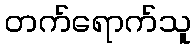
တက်ရောက်သူ